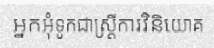
អ្នកអុំទូកជាស្ត្រីការវិនិយោគ